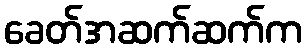
ခေတ်အဆက်ဆက်က